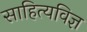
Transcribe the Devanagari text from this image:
साहित्यविज्ञ